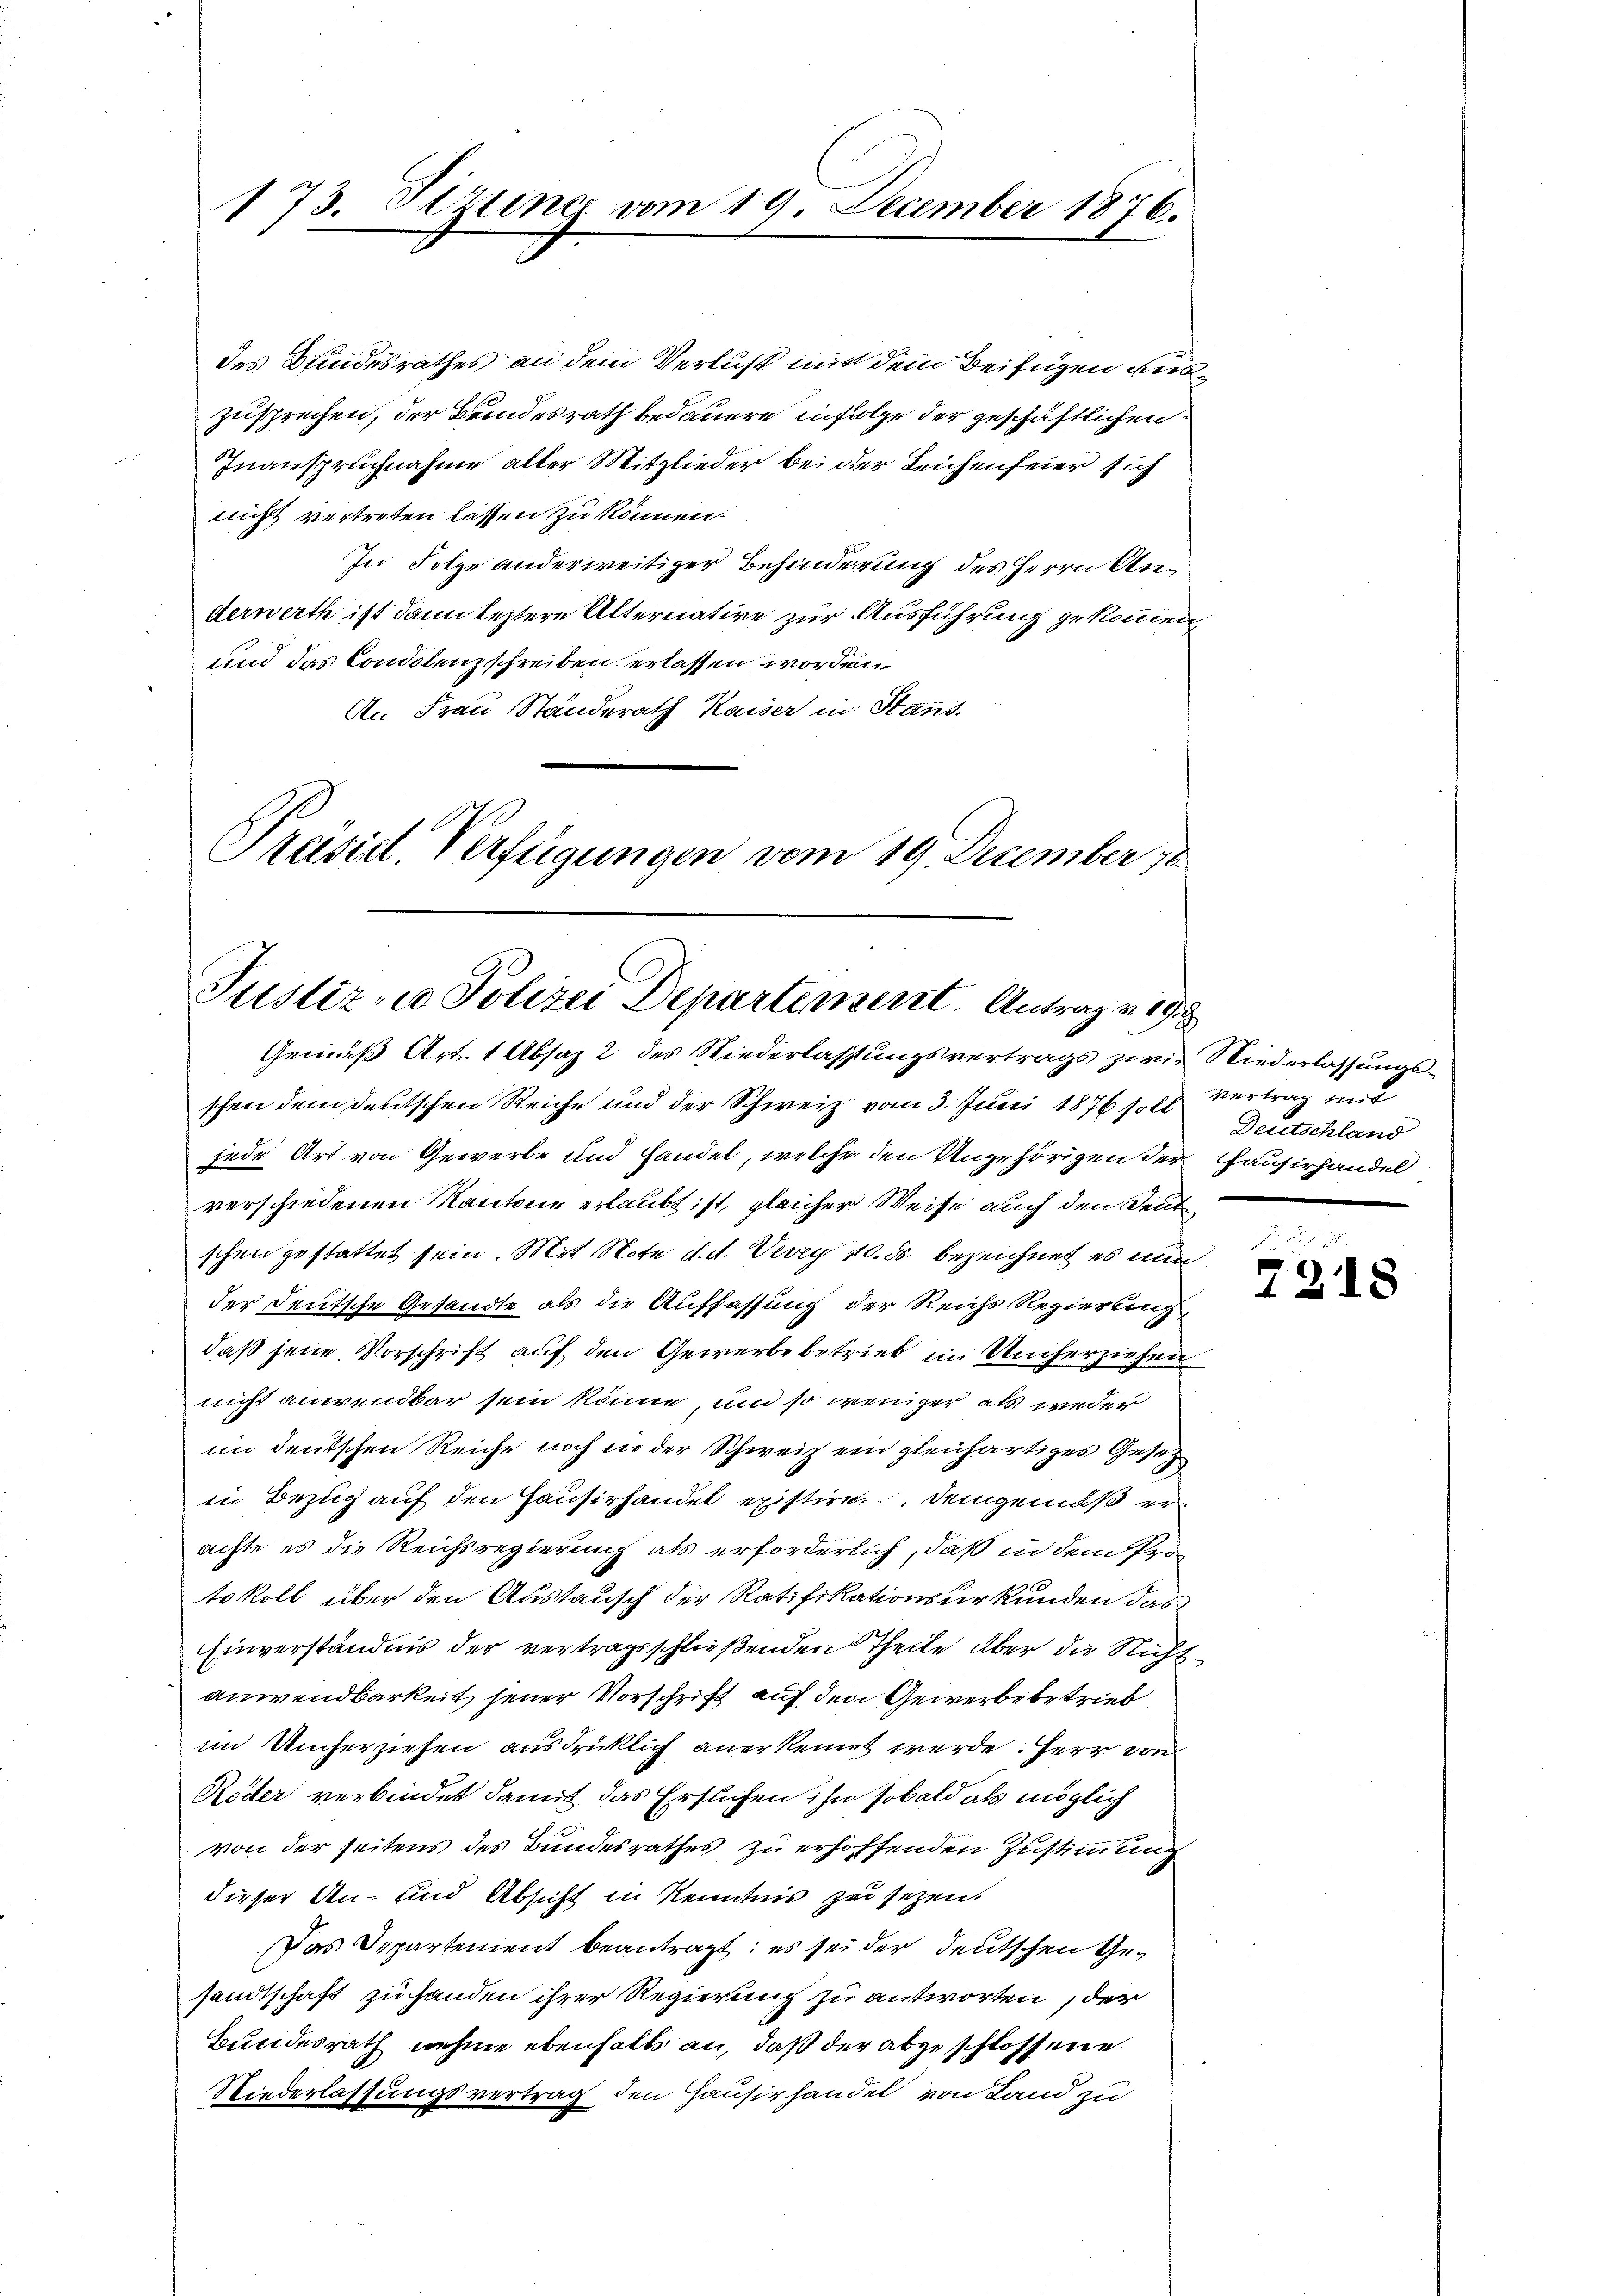
173. Sitzung vom 19. December 1876.

des Bundesrathes an dem Verlust mit dem Beifügen auszusprechen, der Brandesrath bedauern infolge der geschäftlichen
Inanspruchnahme alter Mitglieder bei der Leichenfeier sich
nicht vertreten lassen zu können.
In Folge anderweitiger Behinderung des Herrn Anderwerth ist dann leztere Alternative zur Ausführung gekommen
und das Condolenz schreiben erlassen worden
An Frau Standerath Kaiser in Stans.
Präsid. Verfügungen vom 19. December 18

Justiz - Polizei Departement. Antrag v. 19.
Gemäß Art. 1 Absaz 2 des Niederlassungsvertrags zwie Niederlassungs¬

Deutschland

schen dem deutschen Reiche und der Schweiz vom 3. Juni 1876 soll Vertrag mit
jede Art von Gewerbe und Handel, welche den Ungehörigen der Hausirhandel
verschiedenen Kantone erlaubt ist, gleicher Weise auch den Seit
schen gestattet sein. Mit Note d. d. Vevey 10. ds. bezeichnet es nun
der deutsche Gesandte als die Auffassung der Reichs Regierung
daß jene Vorschrift auf den Gewerbe betrieb in Umherziehen
nicht anwendbar sein könne, und so weniger als weder
im deutschen Reiche noch in der Schweiz ein gleichartiges Gesezin Bezug auf den Hausirhandel existire, demgemäß er
achte es die Reichsregierung als erforderlich, daß in dem Protokoll über den Austausch der Ratifikationsurkunden das
Einverständnis der vertragsschließenden Theile aber die Nichtanwendbarkeit jener Vorschrift auf den Gewerbebetrieb
im Umherziehen ausdrücklich anerkennt werde. Herr von
Köder verbindet damit das Ersuchen ihn sobald als möglich
von der seitens des Bundesrathes zu erhoffenden Zustimmung
dieser An- und Absicht in Kenntnis zu sezen.
Das Departement beantragt: es sei der deutschen Gesandtschaft zu handen ihrer Regierung zu antworten, der
Bundesrath nehme ebenhalts an, daß der abgeschlossene
Niederlassungsvertrag den Hausirhandel von Land zu

u
7218